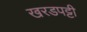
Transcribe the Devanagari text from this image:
खरडपट्टी